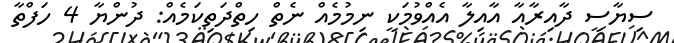
ސިޔާސީ ދާއިރާއާ އާއިލާ އެއްވުމަކީ ނިމުމެއް ނެތް ހިތްދަތިކަމެއް: ދުންޔާ 4 ހަފްތާ